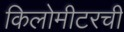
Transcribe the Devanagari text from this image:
किलोमीटरची